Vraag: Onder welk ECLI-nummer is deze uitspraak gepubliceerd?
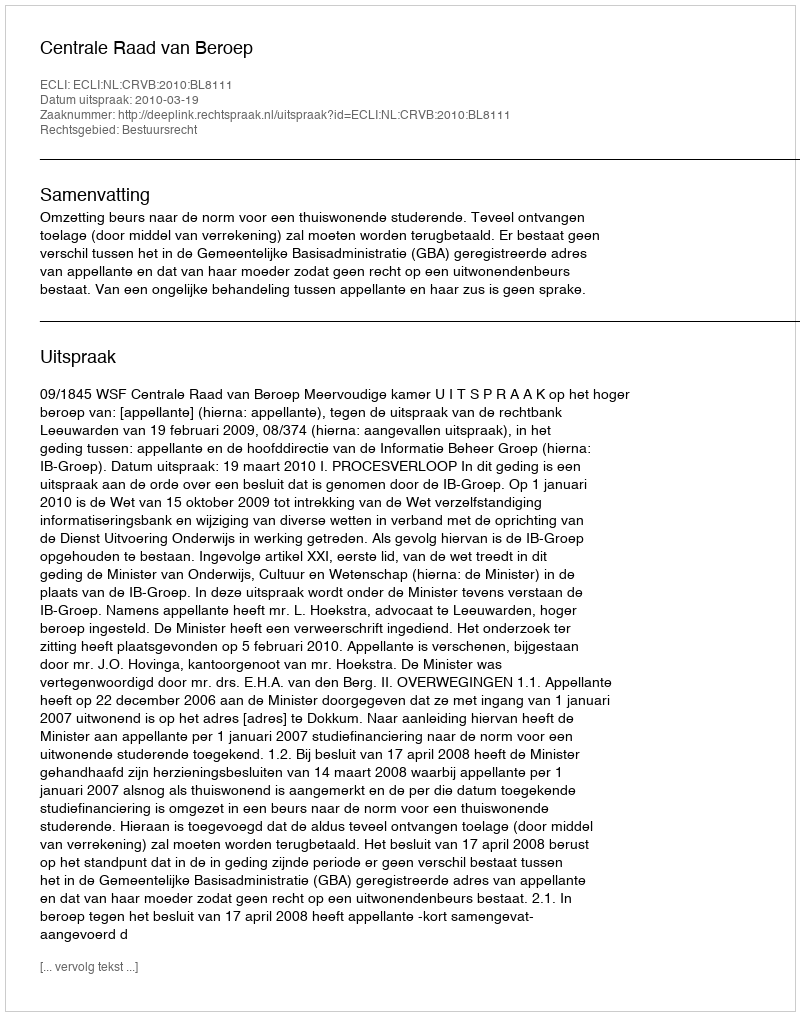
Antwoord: ECLI:NL:CRVB:2010:BL8111